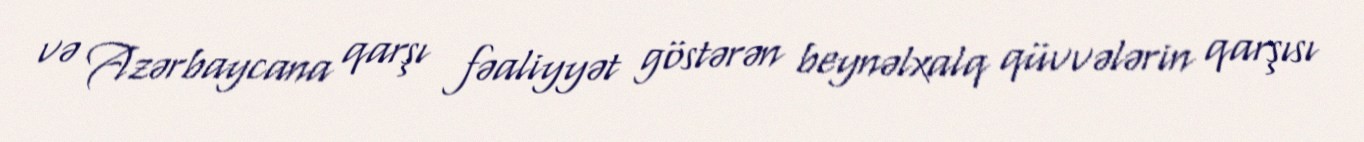
və Azərbaycana qarşı fəaliyyət göstərən beynəlxalq qüvvələrin qarşısı